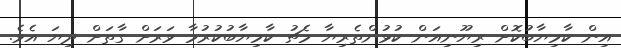
އިން ކާމިޔާބުކޮށް ރިޔޫނިއަން ކުޅުންތެރިޔާ މެޗު ކާމިޔާބުކުރުމާ ވަރަށް ގާތަށް ދިޔަ އެވެ.